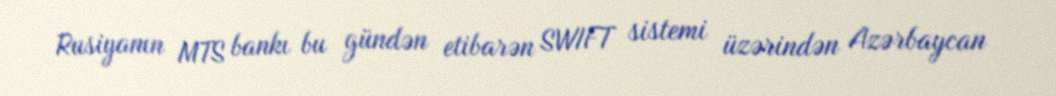
Rusiyanın MTS bankı bu gündən etibarən SWIFT sistemi üzərindən Azərbaycan